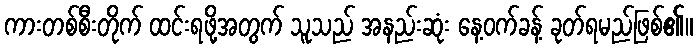
ကားတစ်စီးတိုက် ထင်းရဖို့အတွက် သူသည် အနည်းဆုံး နေ့ဝက်ခန့် ခုတ်ရမည်ဖြစ်၏။